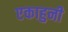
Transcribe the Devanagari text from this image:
एकाहुनी